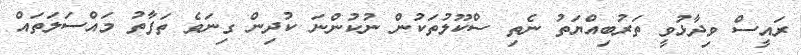
ރައީސް ވިދާޅުވީ ތަރުބިއްޔަތު ނެތި ސްކޫލުތަކުން ނުކުންނަ ކުދިން ގިނަވެ ތަފާތު މައްސަލަތައް